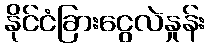
နိုင်ငံခြားငွေလဲနှုန်း